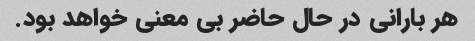
هر بارانی در حال حاضر بی معنی خواهد بود.